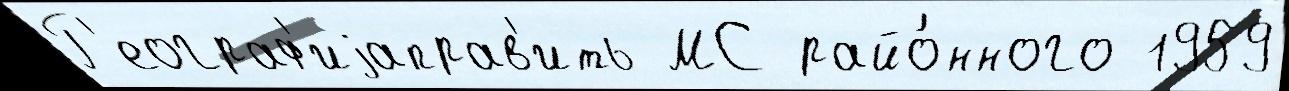
Г'еограф'иjаправ'ить МС райо́нного 1959